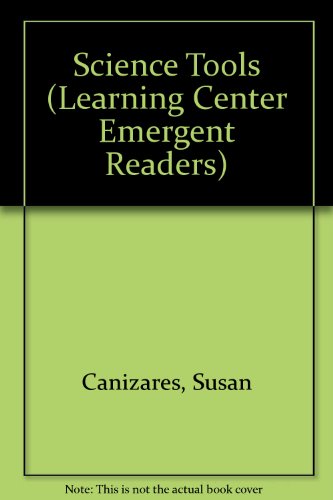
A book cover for Science Tools (Learning Center Emergent Readers); Susan Canizares; Science & Math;